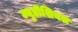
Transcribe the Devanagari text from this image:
ज्युडीशियल